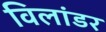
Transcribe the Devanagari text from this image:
विलांडर